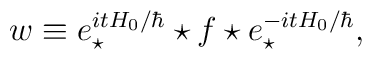
w\equiv e_\star ^{itH_0/\hbar} \star f \star e_\star ^{-itH_0/\hbar},